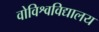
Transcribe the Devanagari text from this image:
वोविश्वविद्यालय